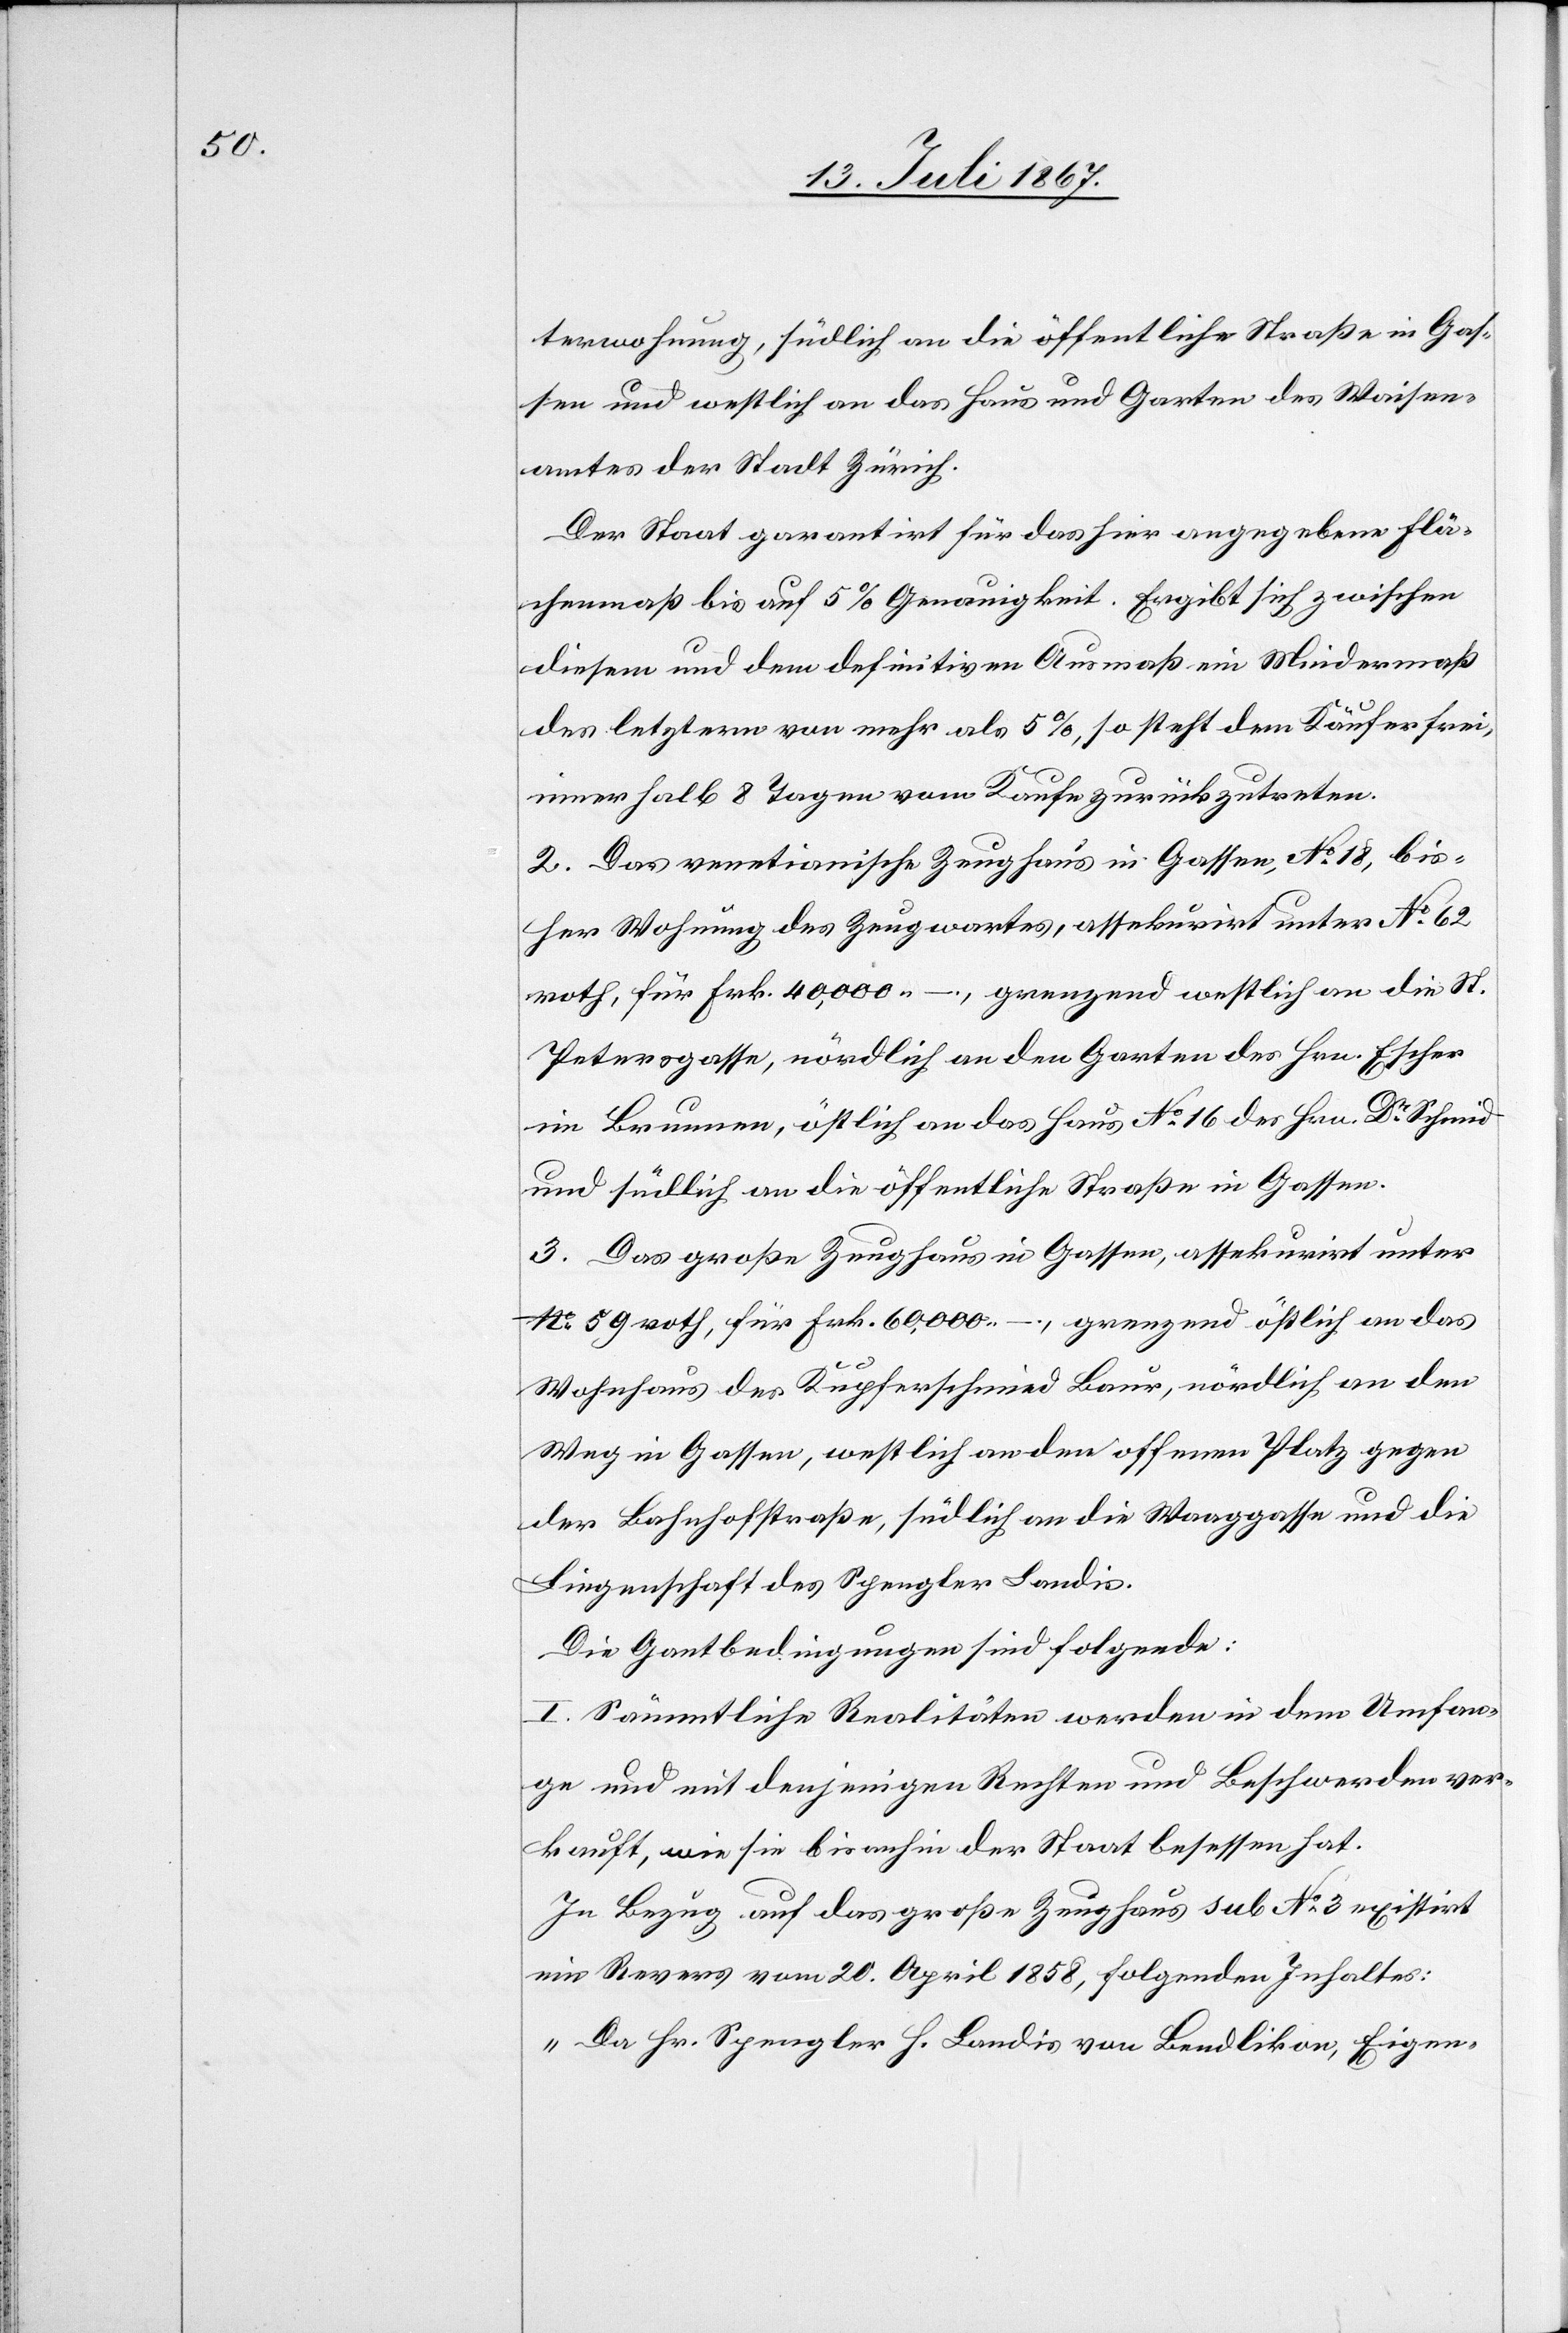
terwohnung, südlich an die öffentliche Straße in Gas¬
sen und westlich an das Haus und Garten des Waisen¬
amtes der Stadt Zürich.
Der Staat garantirt für das hier angegebene Flä¬
chenmaß bis auf 5 % Genauigkeit. Ergibt sich zwischen
diesem und dem definitiven Ausmaß ein Mindermaß
des letztern von mehr als 5 %, so steht dem Käufer frei,
innerhalb 8 Tagen vom Kaufe zurückzutreten.
2. Das venetianische Zeughaus in Gassen, No. 18, bis¬
her Wohnung des Zeugwartes, assekurirt unter No. 62
roth, für Frk. 40 000.–, grenzend westlich an die St.
Peterskirche, nördlich an den Garten des Hrn. Escher
im Brunnen, östlich an das Haus No. 16 des Hrn. Dr. Schmid
und südlich an die öffentliche Straße in Gassen.
3. Das große Zeughaus in Gassen, assekurirt unter
No. 59 roth, für Frk. 60 000.–., grenzend östlich an das
Wohnhaus des Kupferschmied Baur, nördlich an den
Weg in Gassen, westlich an den offenen Platz gegen
der Bahnhofstraße, südlich an die Waaggasse und die
Liegenschaft des Spengler Landis.
Die Gantbedingungen sind folgende:
I. Sämmtliche Realitäten werden in dem Umfan¬
ge und mit denjenigen Rechten und Beschwerden ver¬
kauft, wie sie bis anhin der Staat besessen hat.
In Bezug auf das große Zeughaus sub No. 3 existirt
ein Revers vom 20. April 1858, folgenden Inhaltes:
„Da Hr. Spengler H. Landis von Bendlikon, Eigen-